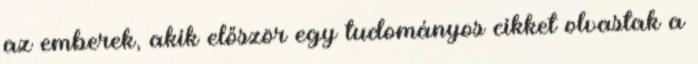
az emberek, akik először egy tudományos cikket olvastak a